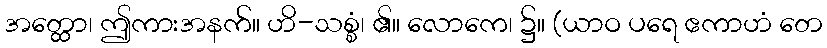
အတ္ထော၊ ဤကားအနက်။ ဟိ-သစ္စံ၊ ၏။ လောကေ၊ ၌။ (ယာဝ ပရေ ဧကာဟံ တေ